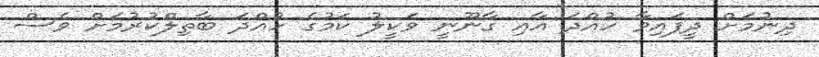
ދިނުމަށް ދީފައިވާ ހުއްދަ އާއި ގާނޫނީ ވަކީލު ކަމުގެ ހުއްދަ ބާތިލްކުރުމަށް ވެސް